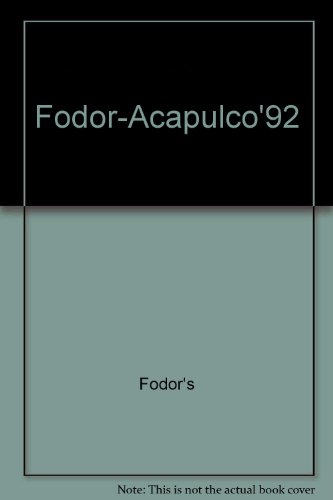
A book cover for Fodor-Acapulco'92; Fodor's; Travel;